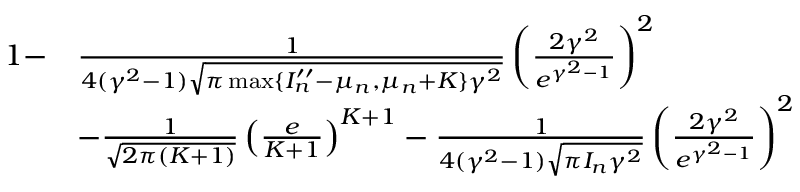
\begin{array} { r l } { 1 - } & { \frac { 1 } { 4 ( \gamma ^ { 2 } - 1 ) \sqrt { \pi \operatorname* { m a x } \{ I _ { n } ^ { \prime \prime } - \mu _ { n } , \mu _ { n } + K \} \gamma ^ { 2 } } } \left( \frac { 2 \gamma ^ { 2 } } { e ^ { \gamma ^ { 2 } - 1 } } \right) ^ { 2 } } \\ & { - \frac { 1 } { \sqrt { 2 \pi ( K + 1 ) } } \left( \frac { e } { K + 1 } \right) ^ { K + 1 } - \frac { 1 } { 4 ( \gamma ^ { 2 } - 1 ) \sqrt { \pi I _ { n } \gamma ^ { 2 } } } \left( \frac { 2 \gamma ^ { 2 } } { e ^ { \gamma ^ { 2 } - 1 } } \right) ^ { 2 } } \end{array}